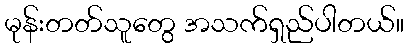
မုန်းတတ်သူတွေ အသက်ရှည်ပါတယ်။